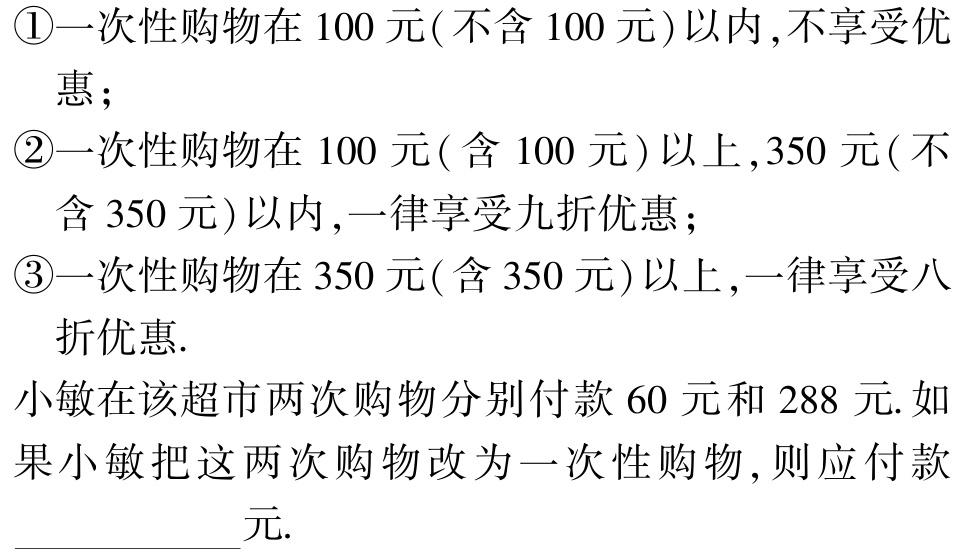
\textcircled{1}一次性购物在 100 元(不含 100 元)以内,不享受优惠；

\textcircled{2}一次性购物在 100 元(含 100 元)以上,350 元(不含 350 元)以内,一律享受九折优惠；

\textcircled{3}一次性购物在 350 元(含 350 元)以上,一律享受八折优惠.

小敏在该超市两次购物分别付款 60 元和 288 元.如果小敏把这两次购物改为一次性购物,则应付款____________元.